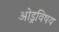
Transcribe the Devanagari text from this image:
ओड्रविषय